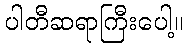
ပါတီဆရာကြီးပေါ့။